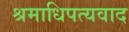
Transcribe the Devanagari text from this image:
श्रमाधिपत्यवाद